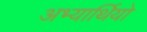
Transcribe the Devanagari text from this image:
अभ्यार्थियो